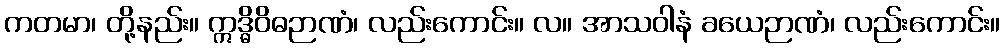
ကတမာ၊ တို့နည်း။ ဣဒ္ဓိဝိဓဉာဏံ၊ လည်းကောင်း။ လ။ အာသဝါနံ ခယေဉာဏံ၊ လည်းကောင်း။